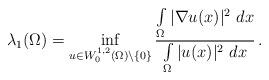
LaTeX: \begin{align*}\lambda_1(\Omega)= \inf_{u \in W_0^{1,2}(\Omega) \setminus \{0\}} \frac{\int\limits_{\Omega} |\nabla u(x)|^2~dx}{\int\limits_{\Omega} |u(x)|^2~dx}\,.\end{align*}